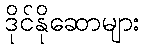
ဒိုင်နိုဆောများ